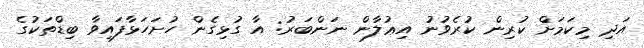
އަދި މިކަމަށް ކުރިން ކުރެވުނު އިޢުލާން ނަންބަރު: އާ ގުޅިގެން ހުށަހަޅާފައިވާ ބިޑްތަކުގެ